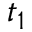
t _ { 1 }